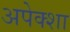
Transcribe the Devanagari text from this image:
अपेक्शा